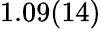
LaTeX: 1.09(14)